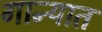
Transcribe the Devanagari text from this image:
गान्यात